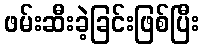
ဖမ်းဆီးခဲ့ခြင်းဖြစ်ပြီး